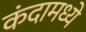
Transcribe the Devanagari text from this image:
कंदामध्ये